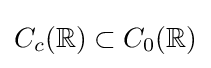
C_{c}(\mathbb {R} )\subset C_{0}(\mathbb {R} )